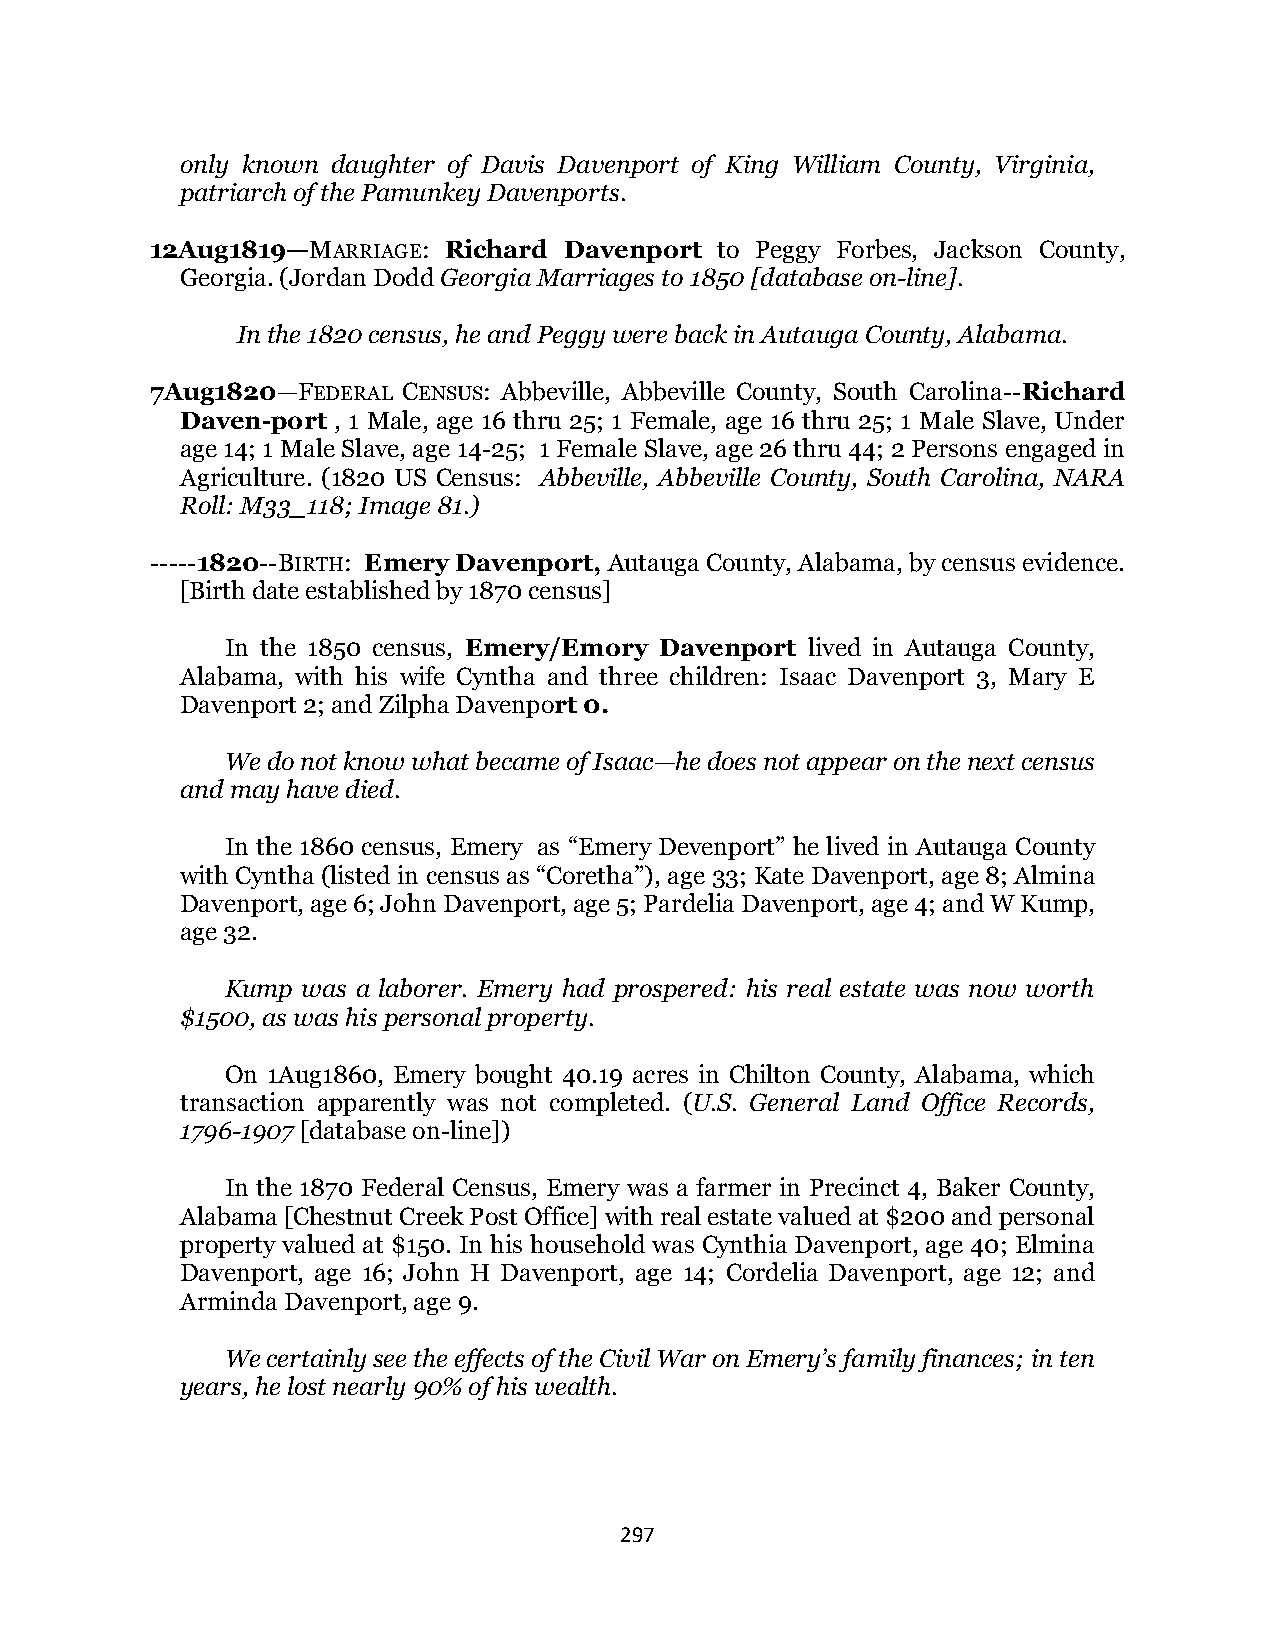
only known daughter of Davis Davenport of King William County, Virginia,
 patriarch of the Pamunkey Davenports.
 12Aug1819—MARRIAGE: Richard Davenport to Peggy Forbes, Jackson County,
 Georgia. (Jordan Dodd Georgia Marriages to 1850 [database on-line].
 In the 1820 census, he and Peggy were back in Autauga County, Alabama.
 7Aug1820—FEDERAL CENSUS: Abbeville, Abbeville County, South Carolina--Richard
 Daven-port , 1 Male, age 16 thru 25; 1 Female, age 16 thru 25; 1 Male Slave, Under
 age 14; 1 Male Slave, age 14-25; 1 Female Slave, age 26 thru 44; 2 Persons engaged in
 Agriculture. (1820 US Census: Abbeville, Abbeville County, South Carolina, NARA
 Roll: M33_118; Image 81.)
 -----1820--BIRTH: Emery Davenport, Autauga County, Alabama, by census evidence.
 [Birth date established by 1870 census]
 In the 1850 census, Emery/Emory Davenport lived in Autauga County,
 Alabama, with his wife Cyntha and three children: Isaac Davenport 3, Mary E
 Davenport 2; and Zilpha Davenport 0.
 We do not know what became of Isaac—he does not appear on the next census
 and may have died.
 In the 1860 census, Emery as “Emery Devenport” he lived in Autauga County
 with Cyntha (listed in census as “Coretha”), age 33; Kate Davenport, age 8; Almina
 Davenport, age 6; John Davenport, age 5; Pardelia Davenport, age 4; and W Kump,
 age 32.
 Kump was a laborer. Emery had prospered: his real estate was now worth
 $1500, as was his personal property.
 On 1Aug1860, Emery bought 40.19 acres in Chilton County, Alabama, which
 transaction apparently was not completed. (U.S. General Land Office Records,
 1796-1907 [database on-line])
 In the 1870 Federal Census, Emery was a farmer in Precinct 4, Baker County,
 Alabama [Chestnut Creek Post Office] with real estate valued at $200 and personal
 property valued at $150. In his household was Cynthia Davenport, age 40; Elmina
 Davenport, age 16; John H Davenport, age 14; Cordelia Davenport, age 12; and
 Arminda Davenport, age 9.
 We certainly see the effects of the Civil War on Emery’s family finances; in ten
 years, he lost nearly 90% of his wealth.
 297